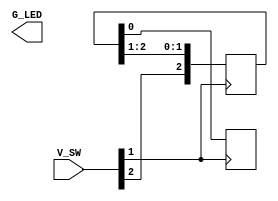
module SISO(V_SW, G_LED);
input [0:2] V_SW;
output reg [0:2] G_LED;
reg  [0:2] tem;

always @ (posedge V_SW[1])
begin
    tem[0] <= V_SW[0];
    tem[1] <= tem[0];
    tem[2] <= tem[1];
    G_LED[0] <= tem[2];
end
endmodule